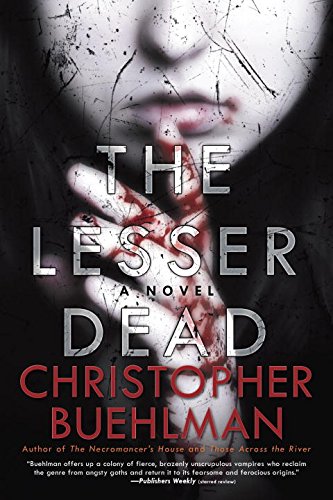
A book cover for The Lesser Dead; Christopher Buehlman; Science Fiction & Fantasy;